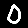
Digit: 0